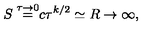
\frac { S \buildrel { \tau \to 0 } } { = c \tau ^ { k / 2 } \simeq R \to \infty , }